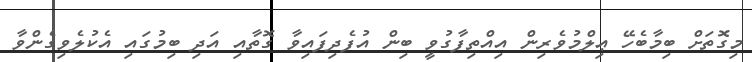
މިގޮތަށް ބިމާބެހޭ ޢިލްމުވެރިން އިއްތިފާގުވީ ބިން އުފެދިފައިވާ ގޮތާއި އަދި ބިމުގައި އެކުލެވިގެންވާ